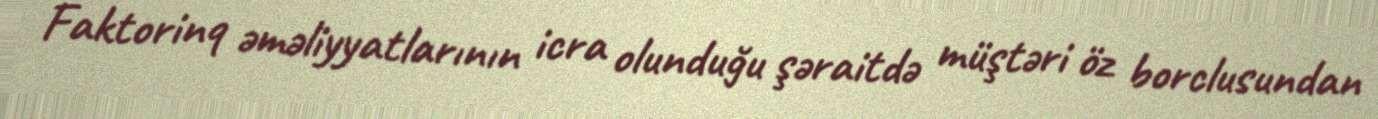
Faktorinq əməliyyatlarının icra olunduğu şəraitdə müştəri öz borclusundan